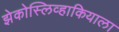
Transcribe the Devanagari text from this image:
झेकोस्लिव्हाकियाला